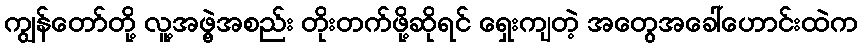
ကျွန်တော်တို့ လူ့အဖွဲ့အစည်း တိုးတက်ဖို့ဆိုရင် ရှေးကျတဲ့ အတွေအခေါ်ဟောင်းထဲက